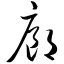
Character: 廊